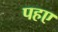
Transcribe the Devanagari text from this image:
पहए